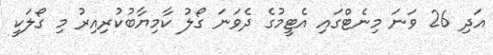
އަދި 26 ވަނަ މިނެޓްގައި އެޓީމުގެ ދެވަނަ ގޯލު ކާމިޔާބުކުރިއިރު މި ގޯލަކީ